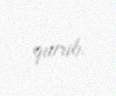
qurub.